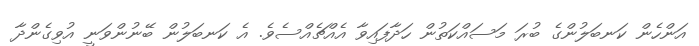
އަންހެން ކަނބަލުންގެ ބުރަ މަސައްކަތުން ހަދާފައިވާ އެއްޗެއްސެވެ. އެ ކަނބަލުން ބޭނުންވަނީ އުވިގެންދާ